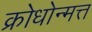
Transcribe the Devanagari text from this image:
क्रोधोन्मत्त